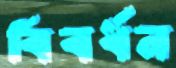
বিবর্ধন